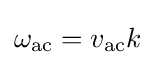
\omega _{\rm {ac}}=v_{\rm {ac}}k